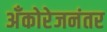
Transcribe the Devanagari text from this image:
अँकोरेजनंतर